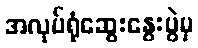
အလုပ်ရုံဆွေးနွေးပွဲမှ